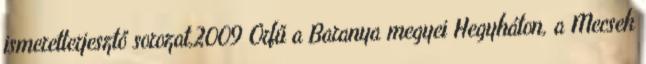
ismeretterjesztő sorozat,2009 Orfű a Baranya megyei Hegyháton, a Mecsek